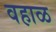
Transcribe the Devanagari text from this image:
वहाळ